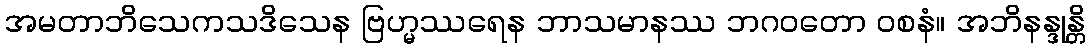
အမတာဘိသေကသဒိသေန ဗြဟ္မဿရေန ဘာသမာနဿ ဘဂဝတော ဝစနံ။ အဘိနန္ဒုန္တိ